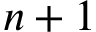
n + 1